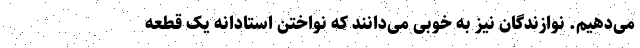
می‌دهیم. نوازندگان نیز به خوبی می‌دانند که نواختن استادانه یک قطعه